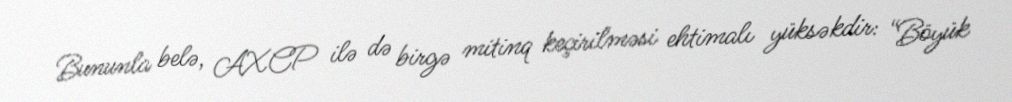
Bununla belə, AXCP ilə də birgə mitinq keçirilməsi ehtimalı yüksəkdir: “Böyük